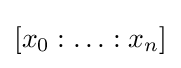
[x_{0}:\ldots :x_{n}]